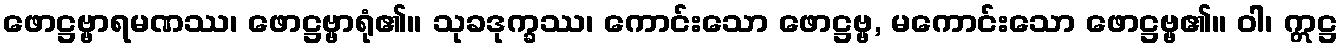
ဖောဋ္ဌဗ္ဗာရမဏဿ၊ ဖောဋ္ဌဗ္ဗာရုံ၏။ သုခဒုက္ခဿ၊ ကောင်းသော ဖောဋ္ဌဗ္ဗ, မကောင်းသော ဖောဋ္ဌဗ္ဗ၏။ ဝါ၊ ဣဋ္ဌ